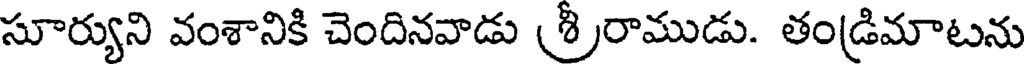
సూర్యుని వంశానికి చెందినవాడు (శ్రీరాముడు. తండ్రిమాటను